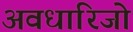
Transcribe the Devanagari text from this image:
अवधारिजो